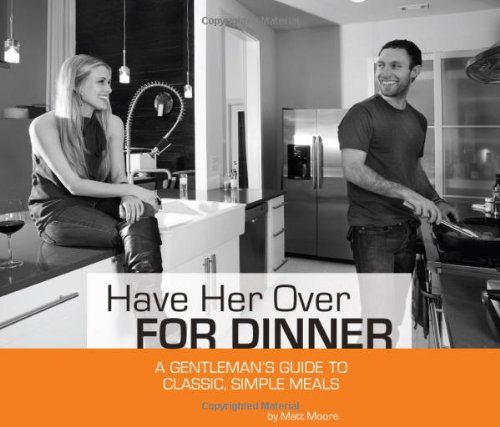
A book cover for Have Her Over for Dinner; Matt R Moore; Cookbooks, Food & Wine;